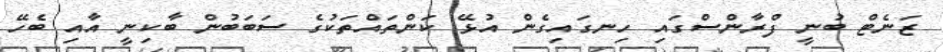
ޒަނެޓް ބުނީ ފްރާންސްގައި ހިނގައިގެން އުޅޭ ކަންތައްތަކުގެ ސަަބަބުން ބާކިނީ އާއި ބެހޭ